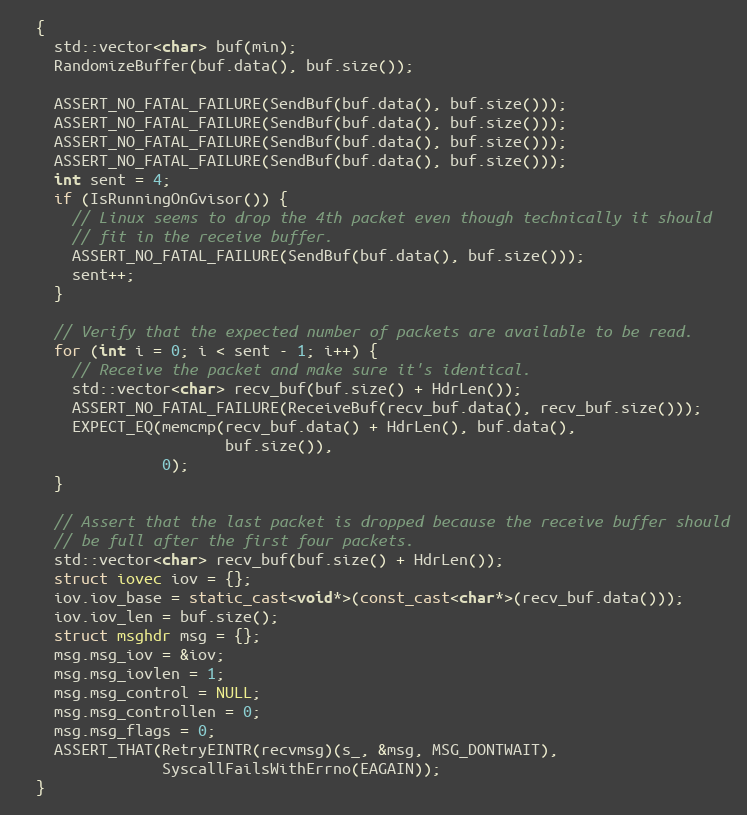
Language: C++
  {
    std::vector<char> buf(min);
    RandomizeBuffer(buf.data(), buf.size());

    ASSERT_NO_FATAL_FAILURE(SendBuf(buf.data(), buf.size()));
    ASSERT_NO_FATAL_FAILURE(SendBuf(buf.data(), buf.size()));
    ASSERT_NO_FATAL_FAILURE(SendBuf(buf.data(), buf.size()));
    ASSERT_NO_FATAL_FAILURE(SendBuf(buf.data(), buf.size()));
    int sent = 4;
    if (IsRunningOnGvisor()) {
      // Linux seems to drop the 4th packet even though technically it should
      // fit in the receive buffer.
      ASSERT_NO_FATAL_FAILURE(SendBuf(buf.data(), buf.size()));
      sent++;
    }

    // Verify that the expected number of packets are available to be read.
    for (int i = 0; i < sent - 1; i++) {
      // Receive the packet and make sure it's identical.
      std::vector<char> recv_buf(buf.size() + HdrLen());
      ASSERT_NO_FATAL_FAILURE(ReceiveBuf(recv_buf.data(), recv_buf.size()));
      EXPECT_EQ(memcmp(recv_buf.data() + HdrLen(), buf.data(),
                       buf.size()),
                0);
    }

    // Assert that the last packet is dropped because the receive buffer should
    // be full after the first four packets.
    std::vector<char> recv_buf(buf.size() + HdrLen());
    struct iovec iov = {};
    iov.iov_base = static_cast<void*>(const_cast<char*>(recv_buf.data()));
    iov.iov_len = buf.size();
    struct msghdr msg = {};
    msg.msg_iov = &iov;
    msg.msg_iovlen = 1;
    msg.msg_control = NULL;
    msg.msg_controllen = 0;
    msg.msg_flags = 0;
    ASSERT_THAT(RetryEINTR(recvmsg)(s_, &msg, MSG_DONTWAIT),
                SyscallFailsWithErrno(EAGAIN));
  }